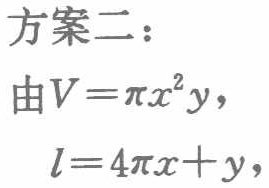
方案二：
由\(V = \pi x^{2}y\)，
\(l = 4\pi x + y\)，